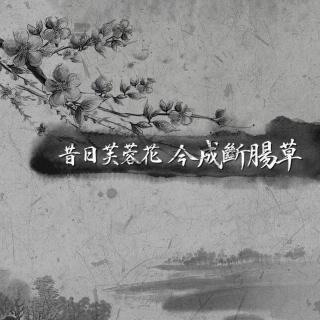
昔日芙蓉花，今成断根草。